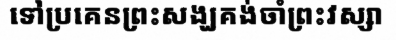
ទៅប្រគេនព្រះសង្ឃគង់ចាំព្រះវស្សា